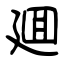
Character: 廽